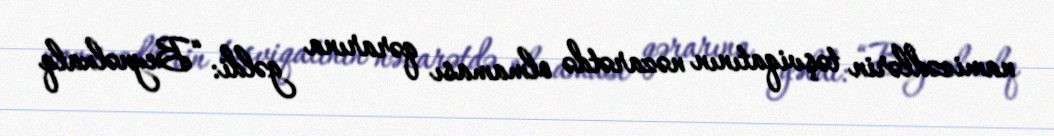
namizədlərin təşviqatının nəzarətdə olmaması qərarına gəldi: “Beynəlxalq